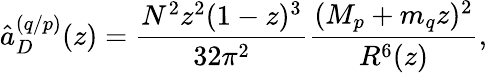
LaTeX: \hat{a}_{D}^{(q/p)}(z)=\frac{N^{2}z^{2}(1-z)^{3}}{32\pi^{2}}\frac{(M_{p}+m_{q}z)^{2}}{R^{6}(z)},